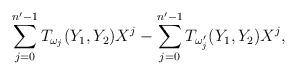
LaTeX: \begin{align*}\sum_{j=0}^{n'-1} T_{\omega_j}(Y_1,Y_2)X^j-\sum_{j=0}^{n'-1} T_{\omega_j'}(Y_1,Y_2)X^j,\end{align*}